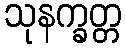
သုနက္ခတ္တ